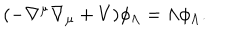
( - \nabla ^ { \mu } \nabla _ { \mu } + V ) \phi _ { \Lambda } = \Lambda \phi _ { \Lambda } .